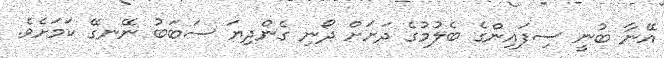
އޭނާ ބުނީ ސިފައިންގެ ބެލުމުގެ ދަށަށް ދޯނި ގެންދިޔަ ސަބަބު ނޭނގޭ ކަމަށެވެ.